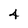
Character: 4